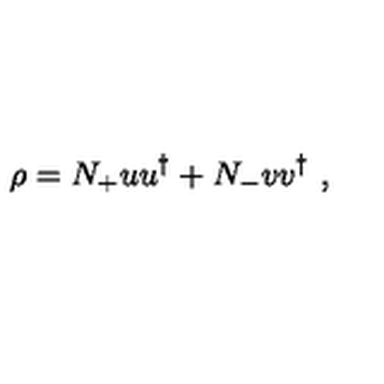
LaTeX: \rho = N _ { + } u u ^ { \dagger } + N _ { - } v v ^ { \dagger } \ ,